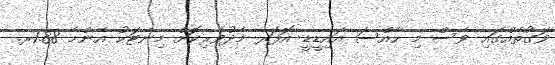
ވަގުތެއްގައި ވެސް މި ހާއްސަ އައިޑީޑީ އޮފަރ މެދުވެރިކޮށް މިނެޓަކު އެންމެ 1.88ރ.